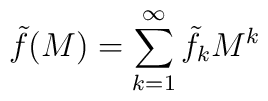
\tilde{f}(M)=\sum^\infty_{k=1}\tilde{f}_kM^k